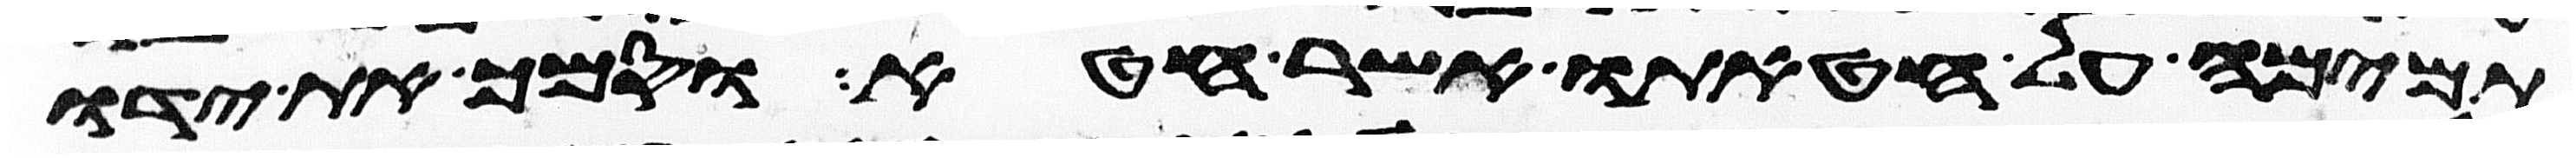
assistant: תמימה על חטאתו אשר חטא וסמך את ידו